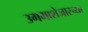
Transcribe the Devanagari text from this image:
उगमाशेजारच्या